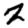
Digit: 2